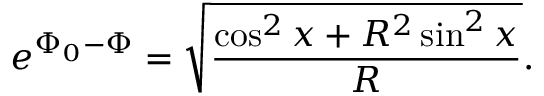
e ^ { \Phi _ { 0 } - \Phi } = \sqrt { \frac { \cos ^ { 2 } x + R ^ { 2 } \sin ^ { 2 } x } { R } } .